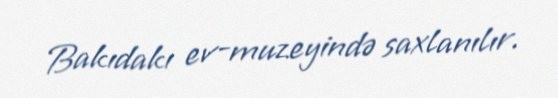
Bakıdakı ev-muzeyində saxlanılır.